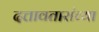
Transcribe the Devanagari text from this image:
दत्तावतारांच्या